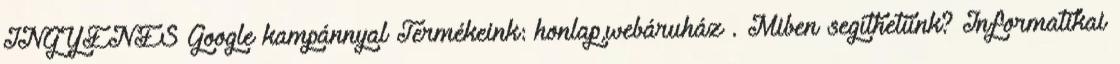
INGYENES Google kampánnyal Termékeink: honlap,webáruház . Miben segíthetünk? Informatikai